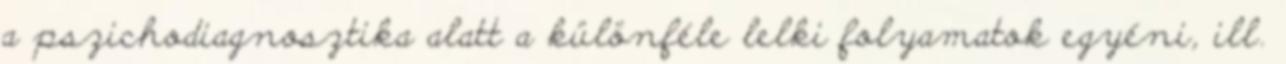
a pszichodiagnosztika alatt a különféle lelki folyamatok egyéni, ill.